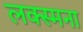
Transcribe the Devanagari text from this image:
लक्स्मना